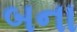
બના